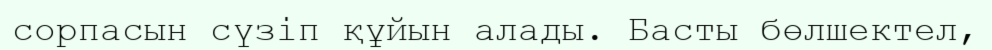
сорпасын сүзіп құйын алады. Басты бөлшектел,